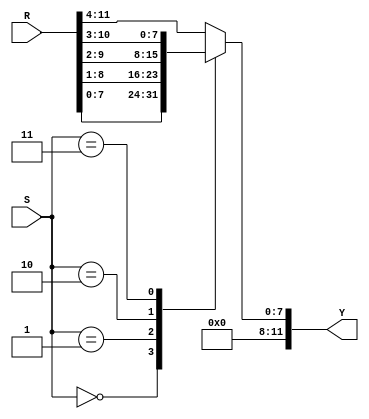
module Barrel_Shifter (R,S,Y);	 
	input[11:0]		R;	//	Entrada
	input[2:0]		S;	//	Selector
	output[11:0]	Y;	//	Salida
	reg[11:0]		Y;	//	Salida
	
	always @ (R,S)
	begin
		case (S)
			3'h0	: Y = R[ 7:0]; 
			3'h1	: Y = R[ 8:1];
			3'h2	: Y = R[ 9:2];
			3'h3	: Y = R[10:3];
			default : Y = R[11:4];
		endcase
	end
	
endmodule